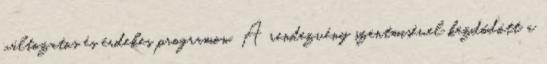
változatos és érdekes programon. A rendezvény szentmisével kezdődött a